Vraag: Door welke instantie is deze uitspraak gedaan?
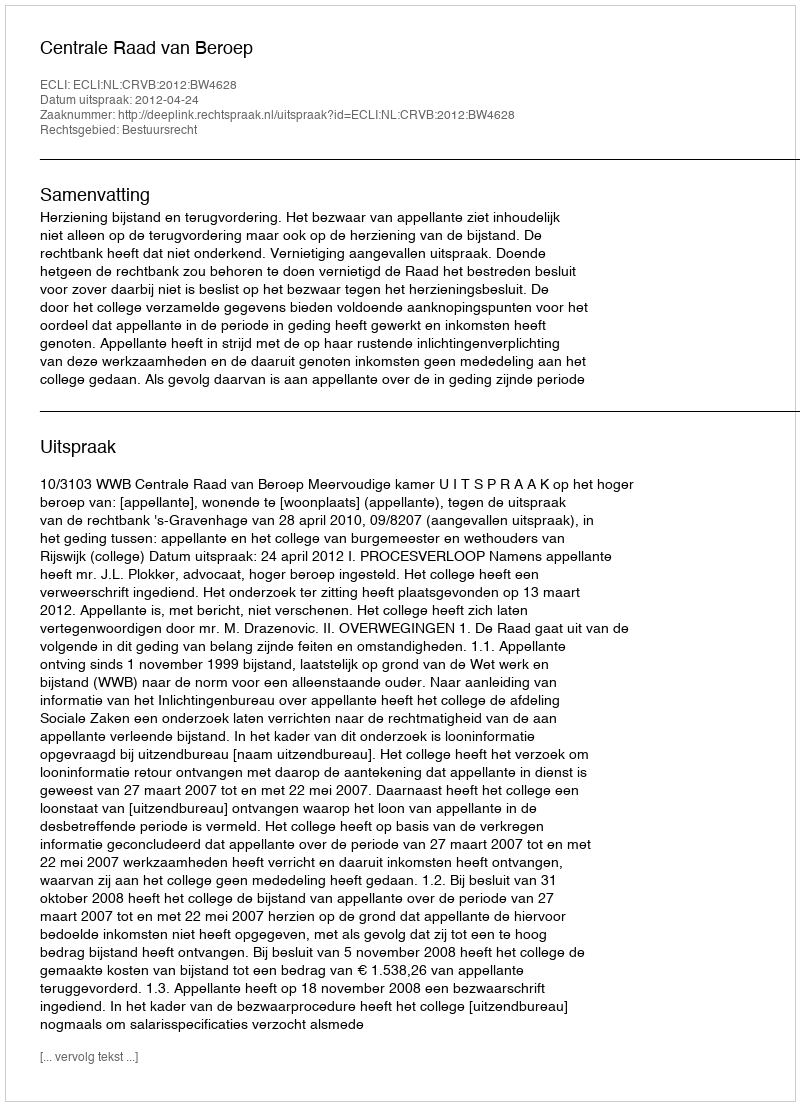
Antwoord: Centrale Raad van Beroep